Medical and sanitary report of the native army of Madras for the year
Year: 1877
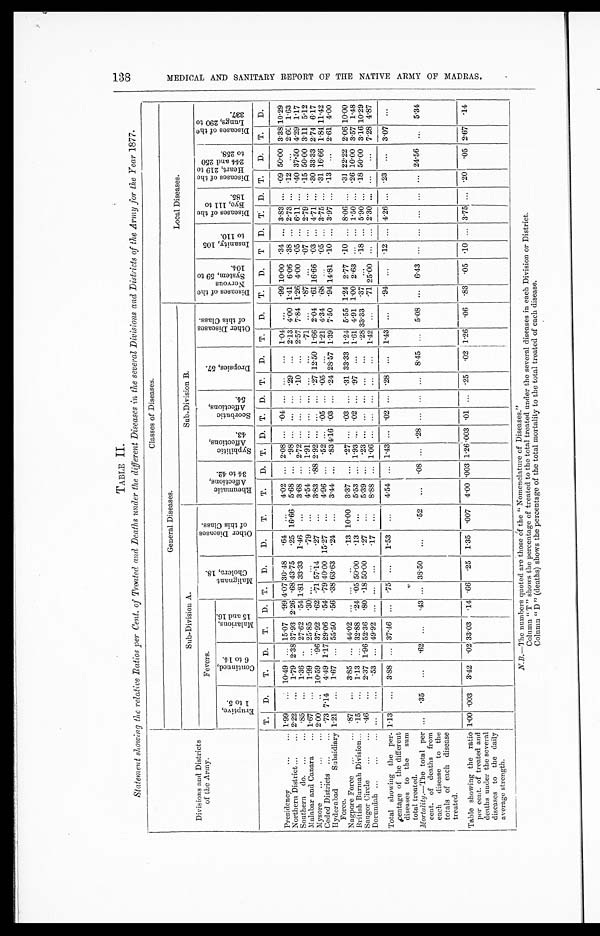
TABLE
II.
Statement showing the relative Ratios per Cent. of Treated and Deaths under the different Diseases in the several Divisions and Districts of the Army for the Year 1877.
Divisions and Districts
of the Army.
Classes of Diseases.
General Diseases.
Local Diseases.
Sub-Division A.
Sub-Division B.
Fevers.
M a l i g n a n t C h o l e r a , 1 8 .
O t h e r D i s e a s e s o f t h i s C l a s s .
R h e u m a t i c A f f e c t i o n s , 3 4 t o 4 2 .
S y p h i l i t i c A f f e c t i o n s , 4 3 .
S c r o b u t i c A f f e c t i o n s , 5 4 .
D r o p s i e s , 5 7 .
O t h e r D i s e a s e s o f t h i s C l a s s .
D i s e a s e s o f t h e N e r v o u s S y s t e m , 5 9 t o 1 0 4 .
I n s a n i t y , 1 0 5 t o 1 1 0 .
D i s e a s e s o f t h e E y e , 1 1 1 t o 1 8 5 .
D i s e a s e s o f t h e H e a r t , 2 1 9 t o 2 4 4 a n d 2 5 0 t o 2 5 8 .
D i s e a s e s o f t h e L u n g s , 2 9 0 t o 3 3 7 .
E r u p t i v e , 1 t o 5 .
C o n t i n u e d , 6 t o 4 0 .
M a l a r i o u s , 1 5 a n d 1 6 .
T.
D.
T.
D.
T.
D. T.
D.
D.
T.
T.
D.
T. D. T. D. T.
D.
T. D.
T.
D.
T D. T. D. T.
D.
T.
D.
Presidency . . .
1.99
. . . 10.49
. . . 15.07
.99
4.07 30.48
.64
. . . 4.02
. . . 2.08
. . .
.04 . . . . . .
. . . 1.04
. . . .99 10.00
.34
. . . 3.83 . . . .09 50.00 3.38 10.29
Northern District . . .
2.22
. . . 1.79 2.38 37.93 2.261 .68 43.75
.25 16.66 5.68
. . . .98
. . . . . .
. . . .29
. . . 2.13 4.00 1.41 6.06
.38 . . . 2.73 . . . .12
. . . 2.60 1.63
Southern do. . . .
.85
. . . 1.36 . . . 27.62
.54 1.81 33.33 1.46
. . . 3.68
. . . 2.72
. . . . . .
. . . .10
. . . 2.57 7.84 1.26 4.00
.05
. . . 6.11 . . . .40 37.50 4.29 1.17
Malabar and Canara . . .
1.67
. . . 1.99
. . . 25.85
.30 . . .
. . .
.79
. . . 4.54
. . . 1.91
. . . . . .
. . . . . .
. . . .71
. . . .87
. . .
.07
. . . 2.79 . . . .15 50.00 3.11 5.12
Mysore . . .
2.00
. . . 10.59 .96 37.92
.62 .71 57.14
.27
. . . 3.83 .88 2.92
. . . . . .
. . . .27 12.50 1.66 2.04 .61 16.66
.03
. . . 4.71 . . . .30 33.33 2.74 6.17
Ceded Districts . . .
.73 7.14 4.49 1.17 29.06
.54 .79 40.00 15.27
. . . 4.96
. . . .52
. . . .05 . . .
.05
. . . 1.21 4.34 .68
. . .
.05
. . . 3.75 . . . .31 16.66 1.84 11.42
Hyderabad Subsidiary
Force.
1.21
. . . 1.67 . . . 55.50
.56 .38 63.63
.24
. . . 3.44
. . .
. 8 3 4.16 .03 . . . .24 28.57 1.39 7.50 .94 14.81
.10
. . . 3.97 . . . .13
. . . 2.61 4.00
Nagpore Force . . .
.87
. . . 3.85
. . . 44.02
. . . . . .
. . .
.13 10.00 3.37
. . . .27
. . . .03 . . .
.31 33.33 1.24 5.55 1.24 2.77
.10
. . . 8.06 . . . .31 22.22 2.06 10.00
British Burmah Division . . . .15
. . . 1.13
. . . 32.88
.24 .05 50.00
.13
. . . 5.53
. . . 1.93
. . . .02
. . . .97
. . . 1.61 4.91 1.00 2.63
. . .
. . . 1.50 . . . 26 10.00 3.57 1.48
Saugor Circle . . .
.46
. . . 2.37 1.96 52.36
.80 .18 50.00
.27
. . . 5.39
. . . .23
. . . . . .
. . . . . .
. . . .28 33.33 .37
. . .
.18
. . . 5.90 . . . .18 50.00 3.16 10.29
Dorundah . . .
. . .
. . .
.53
. . . 49.92
. . . . . .
. . .
.17
. . . 8.88
. . . 1.06
. . . . . .
. . . . . .
. . . 1.42
. . . .71 25.00
. . .
. . . 2.30 . . .
. . .
. . . 7.28 4.87
Total showing the per
-centage of the different
diseases to the
sum
total treated.
1.131
. . . 3.88
. . . 37.46
. . . .75
. . .
1.53
. . . 4.54
. . . 1.43
. . .
.02 . . .
.28
. . . 1.43
. . . .94
. . .
.12
. . . 4.26 . . . .23
. . . 3.07
. . .
Mortality.—The total per
- cent. of deaths from
each disease
to the
totals of each disease
treated.
. . .
.35
. . .
62
. . .
.43 . . . 38.50
. . .
. 5 2
. . .
.08
. . . .28 . . .
. . . . . . 8.45
. . . 5.08
. . . 6.43
. . .
. . .
. . .
. . .
. . . 24.56
. . .
5.34
Table showing the ratio
per cent. of treated and
deaths under the several
diseases to the daily
average strength.
1.00
. 0 0 3
3.42
.02 33.03
.14 .66
.25 1.35
. 0 0 7 4.00 .003
1 . 2 6
. 0 0 3 .01 . . .
.25
. 02 1.26
.06 .83
.05
.10
. . . 3.75 . . . .20
. 05 2-67
.14
N.B.—The numbers quoted are those of the "Nomenclature of Diseases."
Column "T" shows the percentage of treated to the total treated under the several diseases in each Division or District.
Column "D" (deaths) shows the percentage of the total mortality to the total treated of each disease.
1 3 8 M E D I C A L A N D S A N I T A R Y R E P O R T O F T H E N A T I V E A R M Y O F M A D R A S .